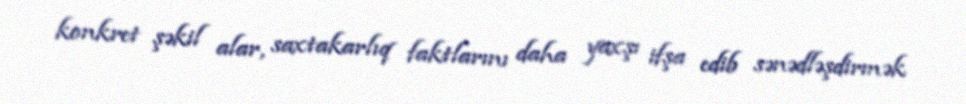
konkret şəkil alar, saxtakarlıq faktlarını daha yaxşı ifşa edib sənədləşdirmək